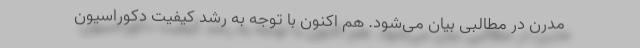
مدرن در مطالبی بیان می‌شود. هم اکنون با توجه به رشد کیفیت دکوراسیون